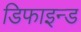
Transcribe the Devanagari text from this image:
डिफाइन्ड